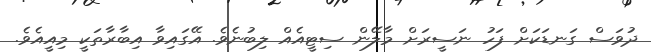
ދުވަސް ގަނޑަކަށް ފަހު ނަސީރަށް މާލޭން ސިޓީއެއް ލިބުނެވެ. އޭގައިވާ އިބާރާތަކީ މިއީއެވެ.